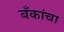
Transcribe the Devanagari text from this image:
बँकांचा